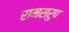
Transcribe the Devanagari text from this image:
रामसरुप